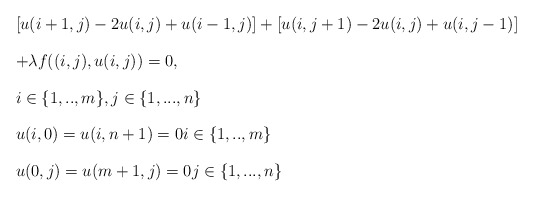
\begin{align*}\begin{array}{l}\left[ u(i+1,j)-2u(i,j)+u(i-1,j)\right] +\left[ u(i,j+1)-2u(i,j)+u(i,j-1)\right] \bigskip \\ +\lambda f((i,j),u(i,j))=0,\bigskip \\ i\in \{1,..,m\},j\in \{1,...,n\}\bigskip \\ u(i,0)=u(i,n+1)=0i\in \{1,..,m\}\bigskip \\ u(0,j)=u(m+1,j)=0j\in \{1,...,n\}\end{array}\end{align*}